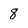
Character: 8